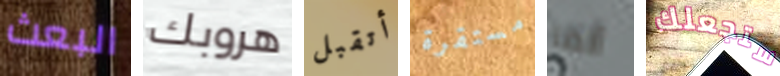
البعث هروبك أتقبل مستقرة ألما ستجعلك